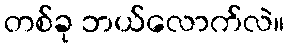
တစ်ခု ဘယ်လောက်လဲ။